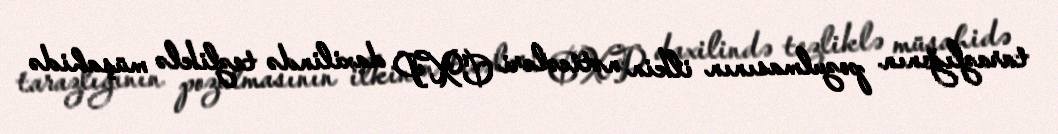
tarazlığının pozulmasının ilkin nəticələri CXP daxilində tezliklə müşahidə